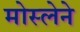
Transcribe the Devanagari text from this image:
मोस्लेने